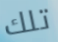
تلك